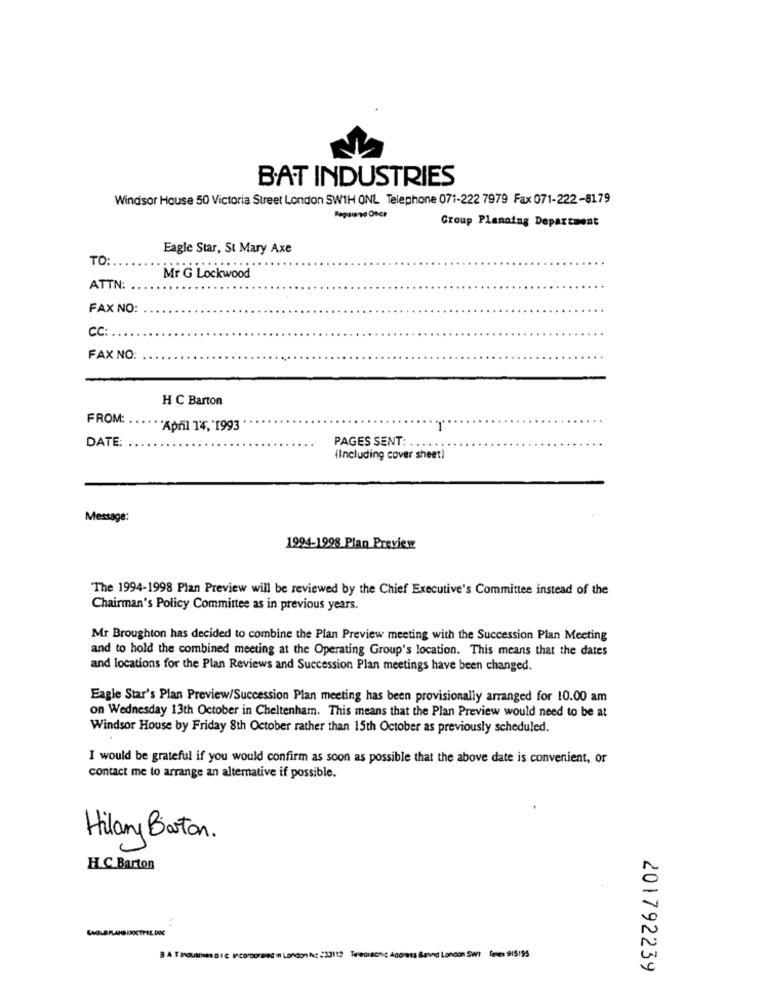
BAT INDUSTRIES
Windsor House 50 Victoria Street London SW1H ONL Telephone 071-222 7979 Fax 071-222-8179
-pend Once
Group Planning Department
Eagle Star, St Mary Axe
TO
Mr G Lockwood
ATTN
FAX NO:
CC
FAX NO:
H C Barton
FROM:
April 14, 1993
-
PAGES SENT:
DATE:
(Including cover sheet)
Message:
1994-1998 Plan Preview
The 1994-1998 Plan Preview will be reviewed by the Chief Executive's Committee instead of the
Chairman's Policy Committee as in previous years.
Mr Broughton has decided to combine the Plan Preview meeting with the Succession Plan Meeting
and to hold the combined meeting at the Operating Group's location. This means that the dates
and locations for the Plan Reviews and Succession Plan meetings have been changed.
Eagle Star's Plan Preview/Succession Plan meeting has been provisionally arranged for 10.00 am
on Wednesday 13th October in Cheltenham. This means that the Plan Preview would need to be at
Windsor House by Friday 8th October rather than 15th October as previously scheduled.
I would be grateful if you would confirm as soon as possible that the above date is convenient, or
contact me to arrange an alternative if possible.
Hilary Barton .
H.C. Barton
LAGLE FLAND DOCTFEL. DOC
BATIPOURINGSDIC ICODOFWINE I London NE 233112 Teledrache Address Bavnd London Swt leie 915195
201792239